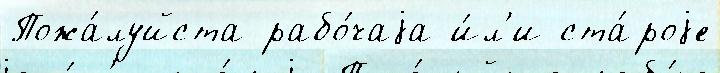
Пожа́луйста рабо́чаjа и́л'и ста́роjе